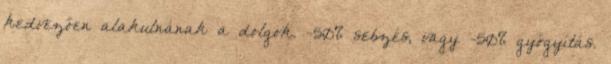
kedvezően alakulnának a dolgok. -50% sebzés, vagy -50% gyógyítás.